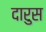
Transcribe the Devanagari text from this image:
दारुस